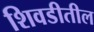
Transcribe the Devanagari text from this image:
शिवडीतील